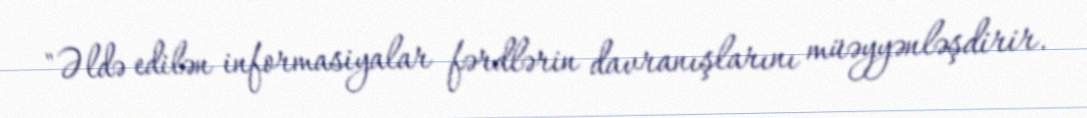
"Əldə edilən informasiyalar fərdlərin davranışlarını müəyyənləşdirir.